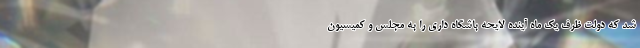
شد که دولت ظرف یک ماه آینده لایحه باشگاه داری را به مجلس و کمیسیون